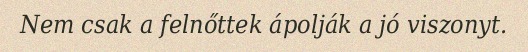
Nem csak a felnőttek ápolják a jó viszonyt.